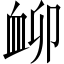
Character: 𧖰